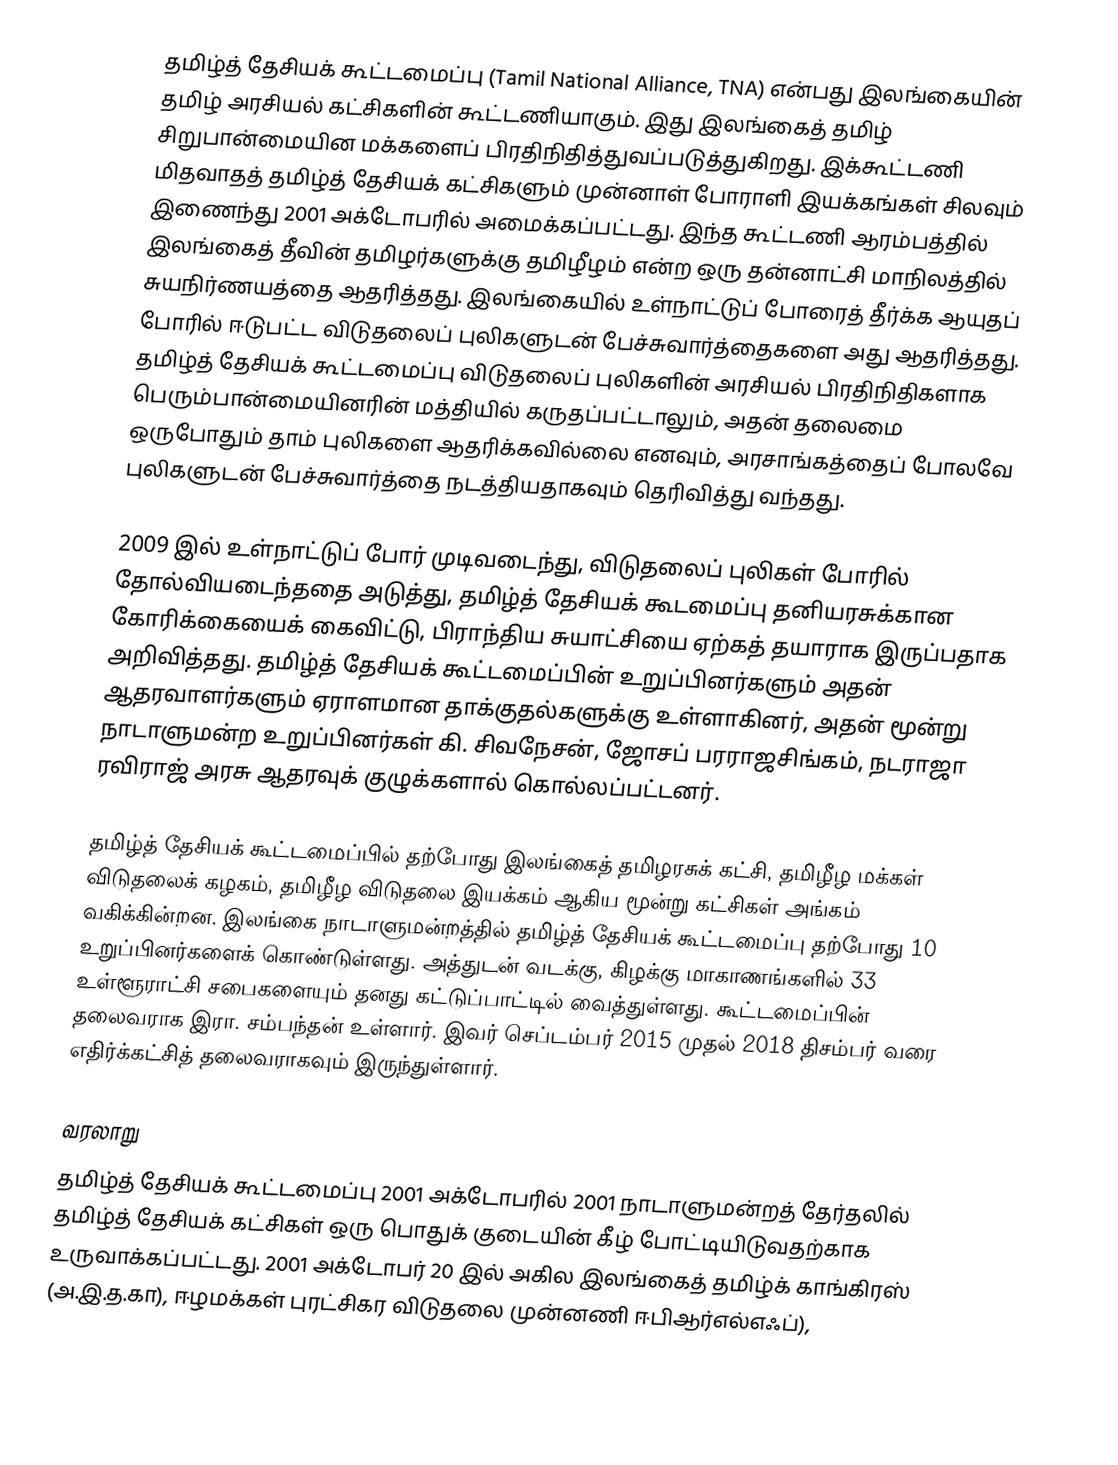
தமிழ்த் தேசியக் கூட்டமைப்பு (Tamil National Alliance, TNA)  என்பது இலங்கையின் தமிழ் அரசியல் கட்சிகளின் கூட்டணியாகும். இது இலங்கைத் தமிழ் சிறுபான்மையின மக்களைப் பிரதிநிதித்துவப்படுத்துகிறது. இக்கூட்டணி மிதவாதத் தமிழ்த் தேசியக் கட்சிகளும் முன்னாள் போராளி இயக்கங்கள் சிலவும் இணைந்து 2001 அக்டோபரில் அமைக்கப்பட்டது. இந்த கூட்டணி ஆரம்பத்தில் இலங்கைத் தீவின் தமிழர்களுக்கு தமிழீழம் என்ற ஒரு தன்னாட்சி மாநிலத்தில் சுயநிர்ணயத்தை ஆதரித்தது. இலங்கையில் உள்நாட்டுப் போரைத் தீர்க்க ஆயுதப் போரில் ஈடுபட்ட விடுதலைப் புலிகளுடன் பேச்சுவார்த்தைகளை அது ஆதரித்தது. தமிழ்த் தேசியக் கூட்டமைப்பு விடுதலைப் புலிகளின் அரசியல் பிரதிநிதிகளாக பெரும்பான்மையினரின் மத்தியில் கருதப்பட்டாலும், அதன் தலைமை ஒருபோதும் தாம் புலிகளை ஆதரிக்கவில்லை எனவும், அரசாங்கத்தைப் போலவே புலிகளுடன் பேச்சுவார்த்தை நடத்தியதாகவும் தெரிவித்து வந்தது.

2009 இல் உள்நாட்டுப் போர் முடிவடைந்து, விடுதலைப் புலிகள் போரில் தோல்வியடைந்ததை அடுத்து, தமிழ்த் தேசியக் கூடமைப்பு தனியரசுக்கான கோரிக்கையைக் கைவிட்டு, பிராந்திய சுயாட்சியை ஏற்கத் தயாராக இருப்பதாக அறிவித்தது. தமிழ்த் தேசியக் கூட்டமைப்பின் உறுப்பினர்களும் அதன் ஆதரவாளர்களும் ஏராளமான தாக்குதல்களுக்கு உள்ளாகினர், அதன் மூன்று நாடாளுமன்ற உறுப்பினர்கள் கி. சிவநேசன், ஜோசப் பரராஜசிங்கம், நடராஜா ரவிராஜ் அரசு ஆதரவுக் குழுக்களால் கொல்லப்பட்டனர்.

தமிழ்த் தேசியக் கூட்டமைப்பில் தற்போது இலங்கைத் தமிழரசுக் கட்சி, தமிழீழ மக்கள் விடுதலைக் கழகம், தமிழீழ விடுதலை இயக்கம் ஆகிய மூன்று கட்சிகள் அங்கம் வகிக்கின்றன. இலங்கை நாடாளுமன்றத்தில் தமிழ்த் தேசியக் கூட்டமைப்பு தற்போது 10 உறுப்பினர்களைக் கொண்டுள்ளது. அத்துடன் வடக்கு, கிழக்கு மாகாணங்களில் 33 உள்ளூராட்சி சபைகளையும் தனது கட்டுப்பாட்டில் வைத்துள்ளது. கூட்டமைப்பின் தலைவராக இரா. சம்பந்தன் உள்ளார். இவர் செப்டம்பர் 2015 முதல் 2018 திசம்பர் வரை எதிர்க்கட்சித் தலைவராகவும் இருந்துள்ளார்.

வரலாறு
தமிழ்த் தேசியக் கூட்டமைப்பு 2001 அக்டோபரில் 2001 நாடாளுமன்றத் தேர்தலில் தமிழ்த் தேசியக் கட்சிகள் ஒரு பொதுக் குடையின் கீழ் போட்டியிடுவதற்காக உருவாக்கப்பட்டது. 2001 அக்டோபர் 20 இல் அகில இலங்கைத் தமிழ்க் காங்கிரஸ் (அ.இ.த.கா), ஈழமக்கள் புரட்சிகர விடுதலை முன்னணி ஈபிஆர்எல்எஃப்),